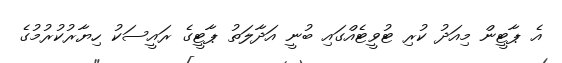
އެ ޕާޓީން މިއަދު ކުރި ޓުވީޓެއްގައި ބުނީ އަދާލަތު ޕާޓީގެ ރައީސަކު ހިޔާރުކުރުމުގެ